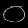
Digit: ၀